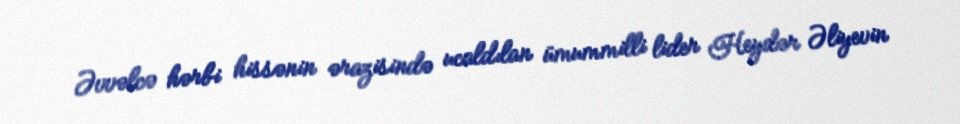
Əvvəlcə hərbi hissənin ərazisində ucaldılan ümummilli lider Heydər Əliyevin